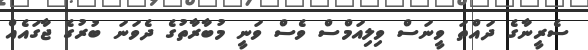
ސެރީނާގެ ދައްތަ ވީނަސް ވިލިއަމްސް ވެސް ވަނީ މުބާރާތުގެ ދެވަނަ ބުރުގެ ޖާގައެއް